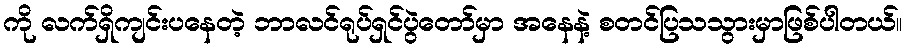
ကို လက်ရှိကျင်းပနေတဲ့ ဘာလင်ရုပ်ရှင်ပွဲတော်မှာ အနေနဲ့ စတင်ပြသသွားမှာဖြစ်ပါတယ်။